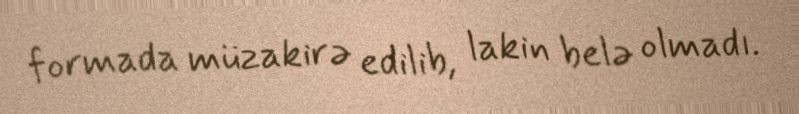
formada müzakirə edilib, lakin belə olmadı.